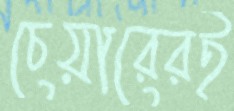
চেয়ারেরই